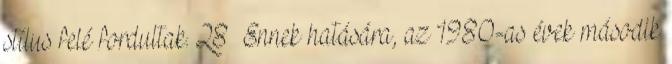
stílus felé fordultak. 28 Ennek hatására, az 1980-as évek második